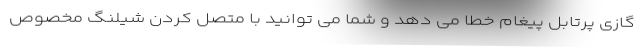
گازی پرتابل پیغام خطا می دهد و شما می توانید با متصل کردن شیلنگ مخصوص